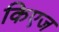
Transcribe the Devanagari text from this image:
किएज